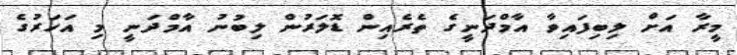
މީރާ އަށް ލިބިފައިވާ އާމްދަނީގެ ތެރެއިން ޑޮލަރުން ލިބުނު އާމްދަނީ މި އަހަރުގެ